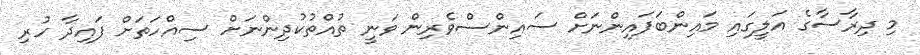
މި ދިރާސާގެ އަލީގައި މައިންބަފައިންނަށް ސައިންސްވެރިން ވަނީ ތުއްތުކުދިންނަށް ސިއްހަތަށް ފައިދާ ހުރި